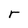
Character: r